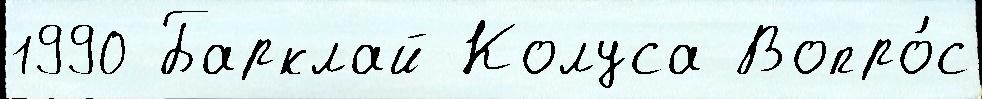
1990 Барклай Колуса Вопро́с